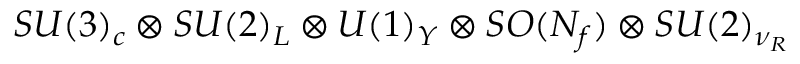
S U ( 3 ) _ { c } \otimes S U ( 2 ) _ { L } \otimes U ( 1 ) _ { Y } \otimes S O ( N _ { f } ) \otimes S U ( 2 ) _ { \nu _ { R } }